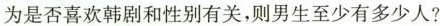
为是否喜欢韩剧和性别有关，则男生至少有多少人?